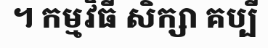
។ កម្មវិធី សិក្សា គប្បី